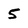
Character: 5